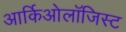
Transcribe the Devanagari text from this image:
आर्किओलॉजिस्ट